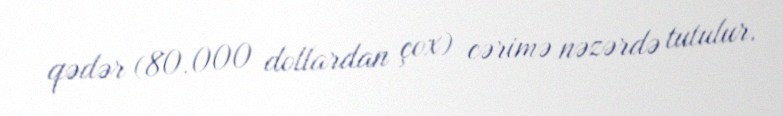
qədər (80.000 dollardan çox) cərimə nəzərdə tutulur.